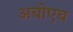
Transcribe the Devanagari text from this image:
अबोएब